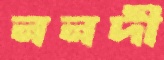
ননদী